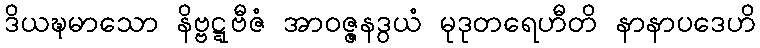
ဒိယဍ္ဎမာသော နိဗ္ဗဋ္ဋဗီဇံ အာဝဇ္ဇနဒွယံ မုဒုတရေဟီတိ နာနာပဒေဟိ